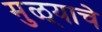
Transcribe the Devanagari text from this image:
मुळ्याचे